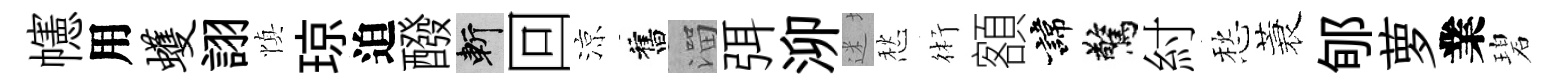
幰用蠖詡慎琼迫醱斬回涼舊溜弭泖迷愁術額諱驚紂愁蓑郇萝業碧